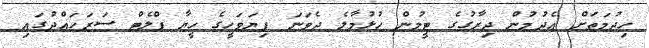
ހިދުމަތަށް އެދުމުން ދިރާގުގެ ޓީމުން ހުޅުމާލެ ދެވަނަ ފިޔަވަހީގެ ހީޔާ ފްލެޓް ސަރަހައްދުގައި